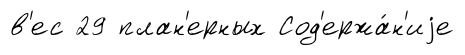
в'ес 29 план'ерных Сод'ержа́н'иjе